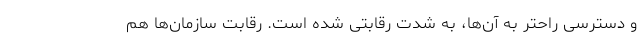
و دسترسی راحتر به آن‌ها، به شدت رقابتی شده است. رقابت سازمان‌ها هم